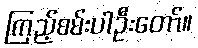
ကြည့်စမ်းပါဦးတော်။